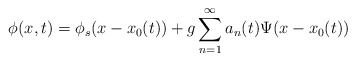
\begin{align*}\phi(x,t)=\phi_s(x-x_0(t))+g \sum_{n=1}^{\infty} a_n(t) \Psi(x-x_0(t))\end{align*}